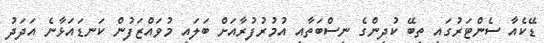
ޑޭކެއާ ސެންޓަރުގައި ތިބޭ ކުދިންގެ ނިސްބަތާއި އުމުރުފުރާއަށް ބަލައި މުވައްޒަފުން ކަނޑައަޅާނެ އަދަދު